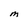
Character: M